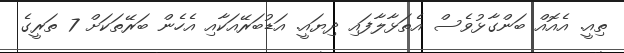
ތިއީ. އެއޮއް ބަންގާޅުވެސް އެތަޅާލާފައި ދިޔައީ. އަޑުބަރޭއަކާއި އެހެން ބަރޭތަކަށް 7 ތަރީގެ